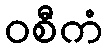
ဝစီကံ